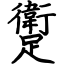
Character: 躗